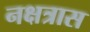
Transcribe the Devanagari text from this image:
नक्षत्रास